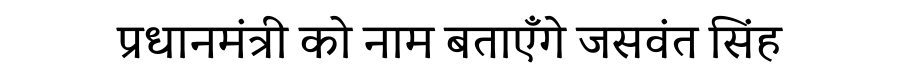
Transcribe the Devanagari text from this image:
प्रधानमंत्री को नाम बताएँगे जसवंत सिंह